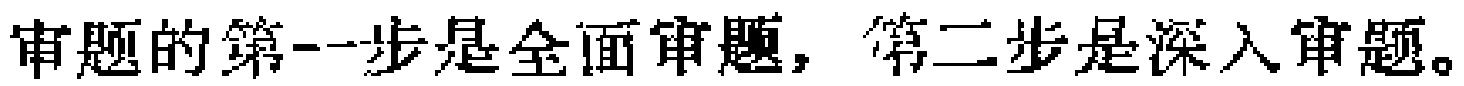
审题的第一步是全面审题，第二步是深入审题。